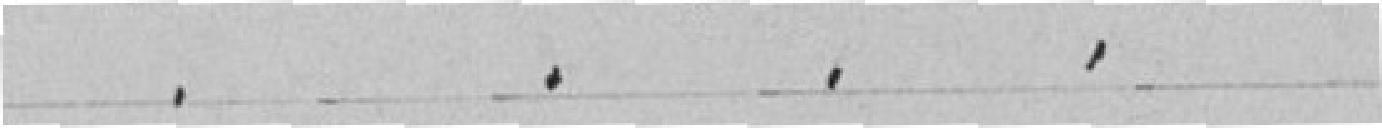
. . . .                68.25